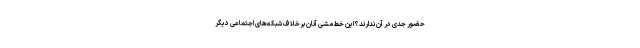
حضور جدی در آن ندارند؟ این خط‌مشی آنان برخلاف شبکه‌های اجتماعی دیگر